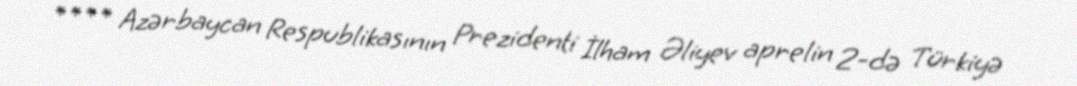
**** Azərbaycan Respublikasının Prezidenti İlham Əliyev aprelin 2-də Türkiyə